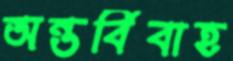
অন্তর্বিবাহ